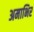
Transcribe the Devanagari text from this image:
अमाभिर